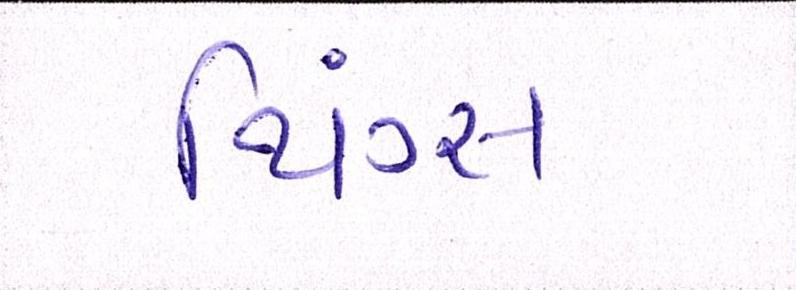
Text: થિંગ્સ